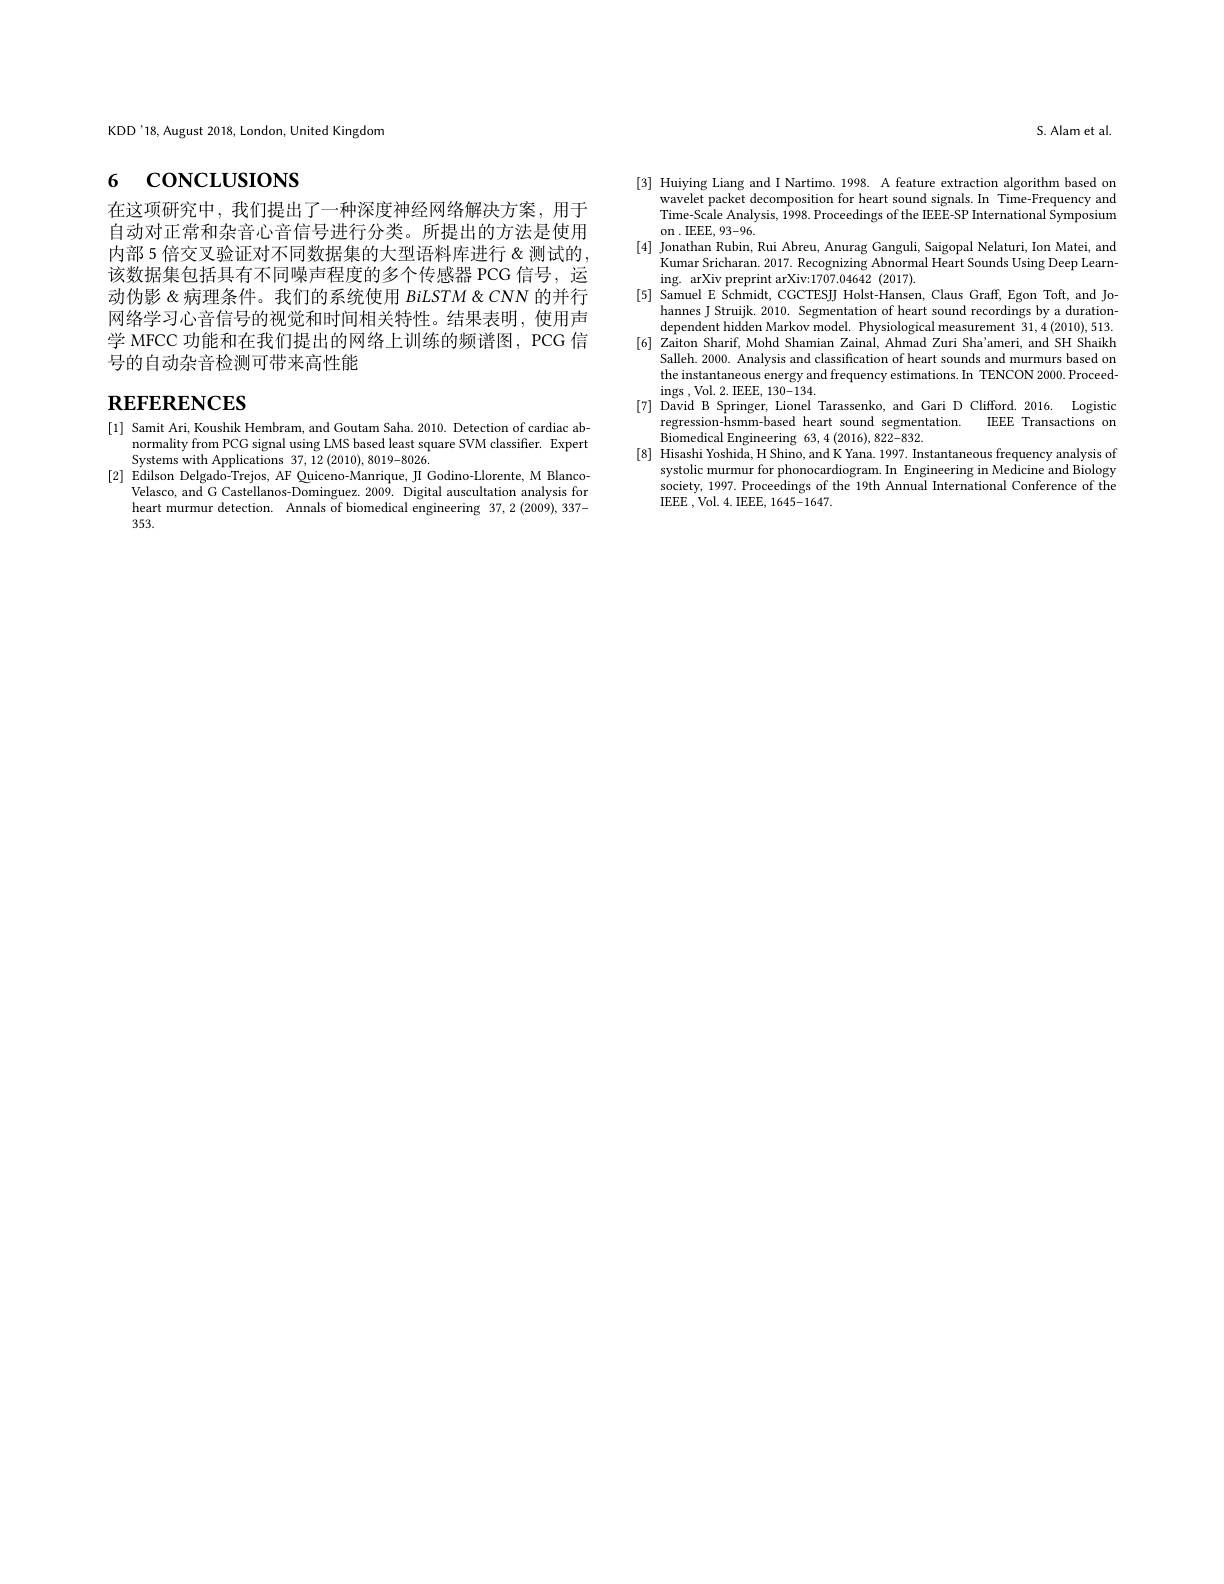
S. Alam et al

KDD'18, August 2018, London, United Kingdom

# 6 concLusıons

在这项研究中，我们提出了一种深度神经网络解决方案，用于自动对正常和杂音心音信号进行分类。所提出的方法是使用内部 5 倍交叉验证对不同数据集的大型语料库进行 &测试的， 该数据集包括具有不同噪声程度的多个传感器 PCG 信号，运动伪影 &病理条件。我们的系统使用 BiLSTM & CNN 的并行网络学习心音信号的视觉和时间相关特性。结果表明，使用声学 MFCC 功能和在我们提出的网络上训练的频谱图，PCG 信号的自动杂音检测可带来高性能

# $_{\textbf{REFERENCES}}$

[1] Samit Ari, Koushik Hembram, and Goutam Saha. 2010. Detection of cardiac ab-
normality from PCG signal using LMS based least square SVM classifier. Expert
Systems with Applications 37, $\tilde{12}\left(2010\right),8019-8026.$
[2] Edilson Delgado-Trejos, AF Quiceno-Manrique, JI Godino-Llorente, M Blanco-
Velasco, and G Castellanos-Dominguez. 2009. Digital auscultation analysis for heart murmur detection. Annals of biomedical engineering 37,2 (2009),337- 353.

[3] Huiying Liang and I Nartimo. 1998. A feature extraction algorithm based on
wavelet packet decomposition for heart sound signals.In Time-Frequency and Time-Scale Analysis, 1998. Proceedings of the IEEE-SP International Symposium on . IEEE, 93-96.
[4] Jonathan Rubin, Rui Abreu, Anurag Ganguli, Saigopal Nelaturi, Ion Matei, and
Kumar Sricharan. 2017. Recognizing Abnormal Heart Sounds Using Deep Learn-
ing. arXiv preprint arXiv:1707.04642 (2017).
[5] Samuel E Schmidt, CGCTESJJ Holst-Hansen, Claus Graff, Egon Toft, and Jo-
hannes J Struijk. 2010. Segmentation of heart sound recordings by a durationdependent hidden Markov model. Physiological measurement $31,4\left(2010\right),513.$
[6] Zaiton Sharif, Mohd Shamian Zainal, Ahmad Zuri Sha'ameri, and SH Shaikh
Salleh. 2000. Analysis and classification of heart sounds and murmurs based on the instantaneous energy and frequency estimations.In TENCON 2000.Proceed- $\operatorname{ings},\operatorname{Vol.}2.\operatorname{IEEE},130-134.$
[7] David B Springer, Lionel Tarassenko, and Gari D Clifford. 2016. Logistic
regression-hsmm-based heart sound segmentation. IEEE Transactions on
Biomedical Engineering 63,4 (2016),822-832.
[8] Hisashi Yoshida, H Shino, and K Yana. 1997. Instantaneous frequency analysis of
systolic murmur for phonocardiogram. In Engineering in Medicine and Biology society, 1997. Proceedings of the 19th Annual International Conference of the IEEE , Vol. 4. IEEE, 1645-1647.